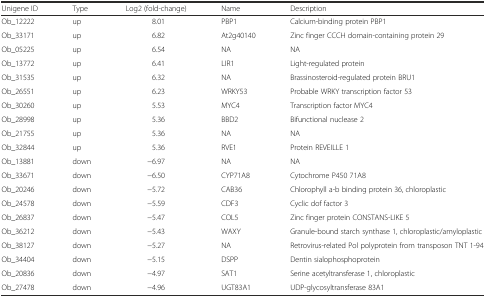
| Unigene ID | Type | Log2 (fold-change) | Name | Description |
 | --- | --- | --- | --- | --- |
 | Ob_12222 | up | 8.01 | PBP1 | Calcium-binding protein PBP1 |
 | Ob_33171 | up | 6.82 | At2g40140 | Zinc finger CCCH domain-containing protein 29 |
 | Ob_05225 | up | 6.54 | NA | NA |
 | Ob_13772 | up | 6.41 | LIR1 | Light-regulated protein |
 | Ob_31535 | up | 6.32 | NA | Brassinosteroid-regulated protein BRU1 |
 | Ob_26551 | up | 6.23 | WRKY53 | Probable WRKY transcription factor 53 |
 | Ob_30260 | up | 5.53 | MYC4 | Transcription factor MYC4 |
 | Ob_28998 | up | 5.36 | BBD2 | Bifunctional nuclease 2 |
 | Ob_21755 | up | 5.36 | NA | NA |
 | Ob_32844 | up | 5.36 | RVE1 | Protein REVEILLE 1 |
 | Ob_13881 | down | −6.97 | NA | NA |
 | Ob_33671 | down | −6.50 | CYP71A8 | Cytochrome P450 71A8 |
 | Ob_20246 | down | −5.72 | CAB36 | Chlorophyll a-b binding protein 36, chloroplastic |
 | Ob_24578 | down | −5.59 | CDF3 | Cyclic dof factor 3 |
 | Ob_26837 | down | −5.47 | COL5 | Zinc finger protein CONSTANS-LIKE 5 |
 | Ob_36212 | down | −5.43 | WAXY | Granule-bound starch synthase 1, chloroplastic/amyloplastic |
 | Ob_38127 | down | −5.27 | NA | Retrovirus-related Pol polyprotein from transposon TNT 1-94 |
 | Ob_34404 | down | −5.15 | DSPP | Dentin sialophosphoprotein |
 | Ob_20836 | down | −4.97 | SAT1 | Serine acetyltransferase 1, chloroplastic |
 | Ob_27478 | down | −4.96 | UGT83A1 | UDP-glycosyltransferase 83A1 |